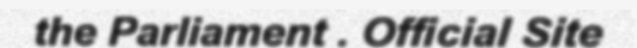
the Parliament . Official Site